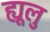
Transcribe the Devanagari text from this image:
ह्यूलु